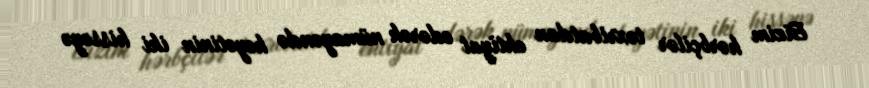
Bizim hərbçilər təxribatdan ehtiyat edərək nümayəndə heyətinin iki hissəyə